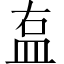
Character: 𥁓